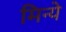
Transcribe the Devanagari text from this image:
मिन्ये